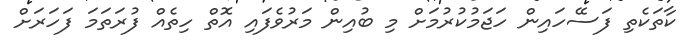
ކާތަކެތި ފަސޭހައިން ހަޖަމުކުރުމަށް މި ބުއިން މަރުވެފައި އޮތް ހިތެއް ފުރަތަމަ ފަހަރަށް